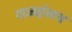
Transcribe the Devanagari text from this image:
राजहंसच